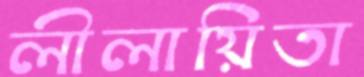
লীলায়িতা